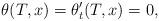
LaTeX: \begin{align*}\theta(T,x)=\theta^{\prime}_t(T,x)=0,\end{align*}